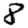
Digit: 8